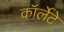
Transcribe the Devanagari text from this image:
कॉर्लेटे